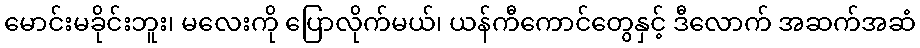
မောင်းမခိုင်းဘူး၊ မလေးကို ပြောလိုက်မယ်၊ ယန်ကီကောင်တွေနှင့် ဒီလောက် အဆက်အဆံ